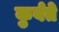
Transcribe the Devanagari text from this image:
कुर्वते